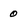
Character: 0